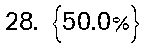
28. {50.0%}